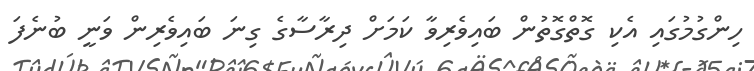
ހިންގުމުގައި އެކި ގޮތްގޮތުން ބައިވެރިވާ ކަމަށް ދިރާސާގެ ގިނަ ބައިވެރިން ވަނީ ބުނެފަ